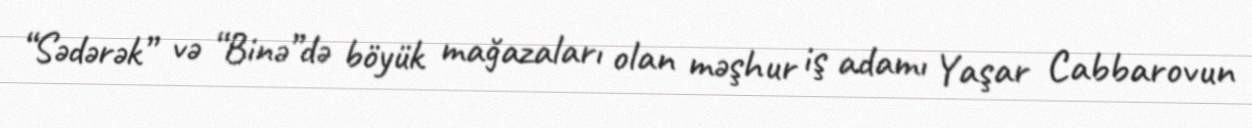
“Sədərək” və “Binə”də böyük mağazaları olan məşhur iş adamı Yaşar Cabbarovun